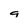
Character: g